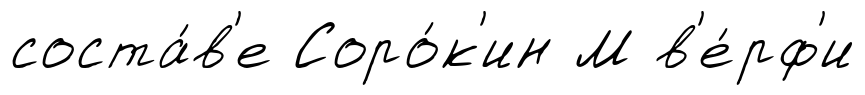
соста́в'е Соро́к'ин М в'е́рф'и